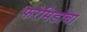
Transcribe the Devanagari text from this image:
फरेमिडोबा